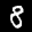
Label: 8